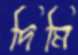
দিমি